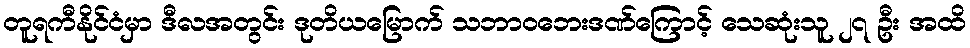
တူရကီနိုင်ငံမှာ ဒီလအတွင်း ဒုတိယမြောက် သဘာဝဘေးဒဏ်ကြောင့် သေဆုံးသူ ၂၇ ဦး အထိ